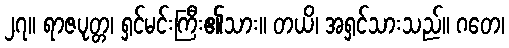
၂၇။ ရာဇပုတ္တ၊ ရှင်မင်းကြီး၏သား။ တယိ၊ အရှင်သားသည်။ ဂတေ၊